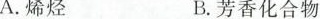
A.烯烃 B.芳香化合物